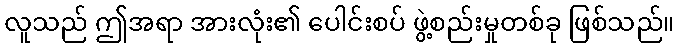
လူသည် ဤအရာ အားလုံး၏ ပေါင်းစပ် ဖွဲ့စည်းမှုတစ်ခု ဖြစ်သည်။